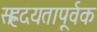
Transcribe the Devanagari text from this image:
सह्रदयतापूर्वक